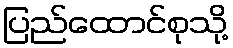
ပြည်ထောင်စုသို့